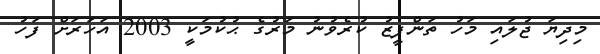
މިދިޔަ ޖުލައި މަހު ތަންފީޒު ކުރެވުނު މަރުގެ ޙުކުމަކީ 2003 އަހަރަށް ފަހު